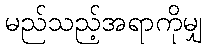
မည်သည့်အရာကိုမျှ